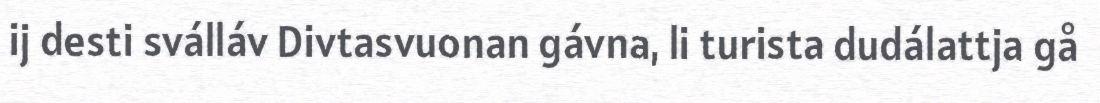
ij desti sválláv Divtasvuonan gávna, li turista dudálattja gå